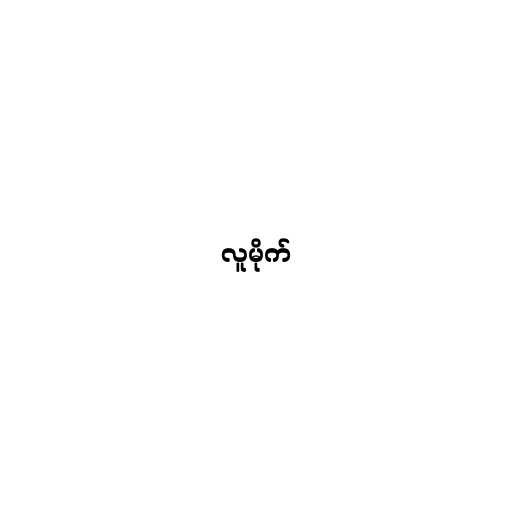
လူမိုက်